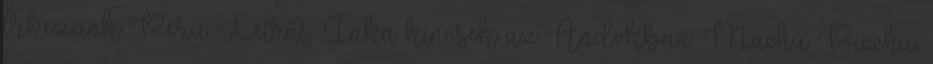
érkezünk Peru. Leírás: Inka kincsek az Andokban: Machu Picchu,